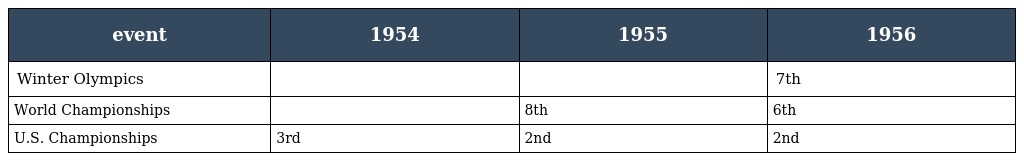
| event | 1954 | 1955 | 1956 |
 | --- | --- | --- | --- |
 | Winter Olympics |  |  | 7th |
 | World Championships |  | 8th | 6th |
 | U.S. Championships | 3rd | 2nd | 2nd |